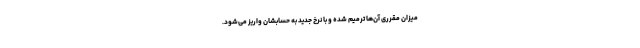
میزان مقرری آن‌ها ترمیم شده و با نرخ جدید به حسابشان واریز می‌شود.